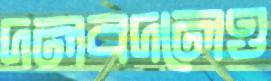
দলবদলেও